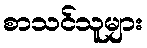
စာသင်သူများ